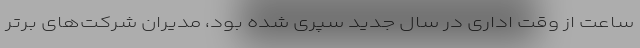
ساعت از وقت اداری در سال جدید سپری شده بود، مدیران شرکت‌های برتر